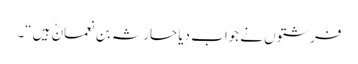
فرشتوں نے جواب دیا حارثہ بن نعمانؓ ہیں“۔